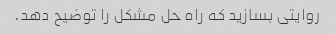
روایتی بسازید که راه حل مشکل را توضیح دهد.